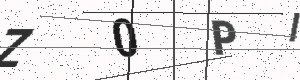
Text: Z0PI